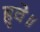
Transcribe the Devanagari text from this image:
हुवे॥